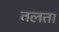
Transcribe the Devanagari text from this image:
तलता